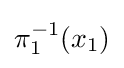
\pi _{1}^{-1}(x_{1})